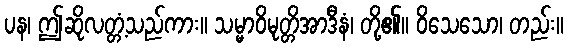
ပန၊ ဤဆိုလတ္တံ့သည်ကား။ သမ္မာဝိမုတ္တိအာဒီနံ၊ တို့၏။ ဝိသေသော၊ တည်း။